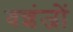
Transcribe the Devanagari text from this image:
वशंजों